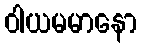
ဝါယမမာနော